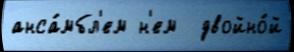
анса́мбл'ем н'ем  двойно́й